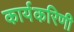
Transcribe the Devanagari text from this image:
कार्यकरिणी